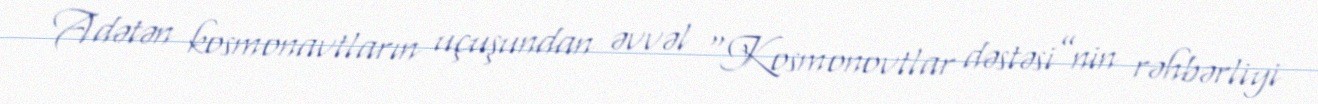
Adətən kosmonavtların uçuşundan əvvəl “Kosmonovtlar dəstəsi”nin rəhbərliyi